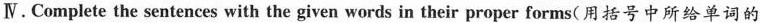
Ⅳ.Complete the sentences with the given words in their proper forms( 用括号中所给单词的